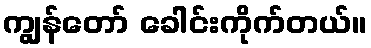
ကျွန်တော် ခေါင်းကိုက်တယ်။